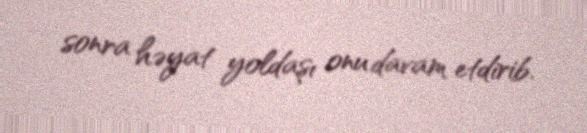
sonra həyat yoldaşı onu davam etdirib.